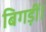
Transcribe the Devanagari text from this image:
बिगड़ीं।